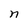
Character: n